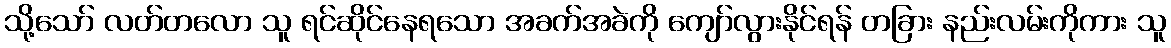
သို့သော် လတ်တလော သူ ရင်ဆိုင်နေရသော အခက်အခဲကို ကျော်လွားနိုင်ရန် တခြား နည်းလမ်းကိုကား သူ